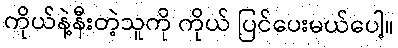
ကိုယ်နဲ့နီးတဲ့သူကို ကိုယ် ပြင်ပေးမယ်ပေါ့။